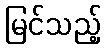
မြင်သည့်